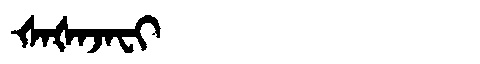
Manchu: ᡧᠠᡧᠠᠵᠠᠸᡳ
Romanization: ŠAŠAJAFI